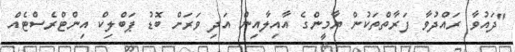
"ދައުވާ ރައްދުވާ ފަރާތްތަކުން ޔާމީންގެ އާއިލާއިން އަދި ވަރަށް ބޮޑު ޕަބްލިކް އިންޓްރެސްޓެއް